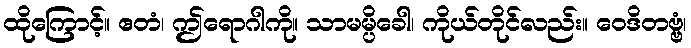
ထိုကြောင့်။ ဧတံ၊ ဤရောဂါကို။ သာမမ္ပိခေါ၊ ကိုယ်တိုင်လည်း။ ဝေဒိတဗ္ဗံ၊